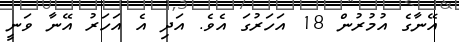
އޭނާގެ އުމުރުން 18 އަހަރުގަ އެވެ. އަދި އެ އަހަރު އޭނާ ވަނީ